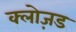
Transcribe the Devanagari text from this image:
क्लोज़ड